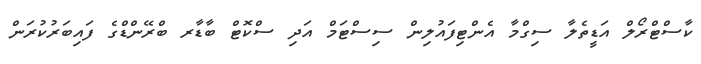
ކާސްޓްރޯލް އަޑީތެލާ ސިގްމާ އެންޓިފައުލިން ސިސްޓަމް އަދި ސްކޮޓް ބާޑާރ ބްރޭންޑްގެ ފައިބަރުކުރަން